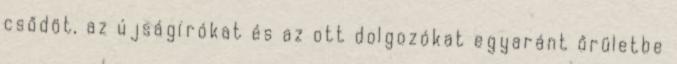
csődöt, az újságírókat és az ott dolgozókat egyaránt őrületbe